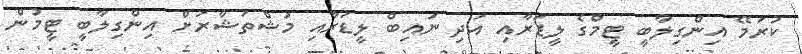
ކުރަމޭ އިންގިލާބީ ޓީމްގެ ލީޑަރާއި އަދި ނައިބް ލީޑަރާއި މުޝްތަޝާރަށް އިންގިލާބީ ޓީމުން